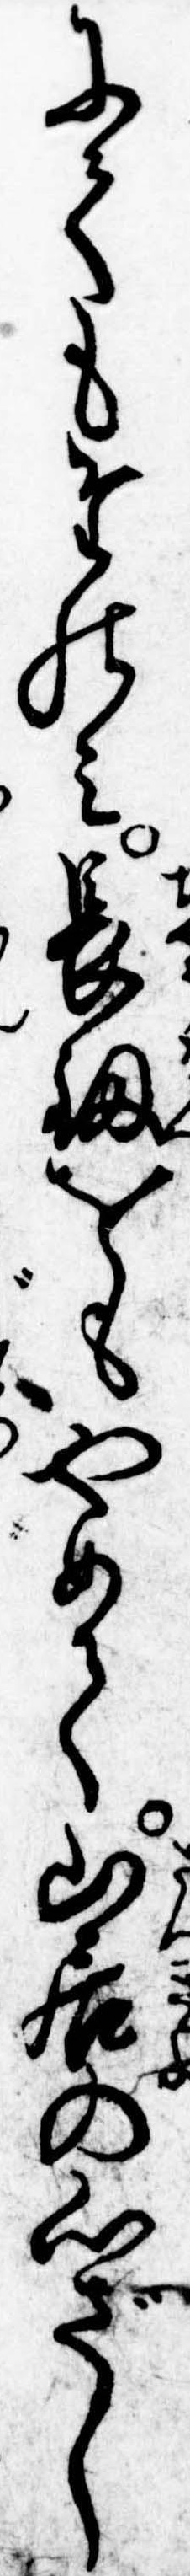
にてもたのみ長剣をもやめて山居の心ざし